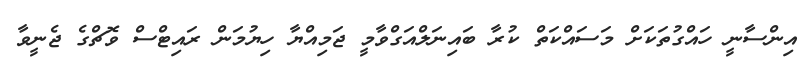
އިންސާނީ ހައްގުތަކަށް މަސައްކަތް ކުރާ ބައިނަލްއަގްވާމީ ޖަމިއްޔާ ހިޔުމަން ރައިޓްސް ވޮޗްގެ ޖެނީވާ